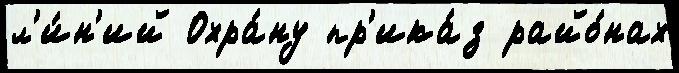
л'и́н'ий Охра́ну пр'ика́з райо́нах